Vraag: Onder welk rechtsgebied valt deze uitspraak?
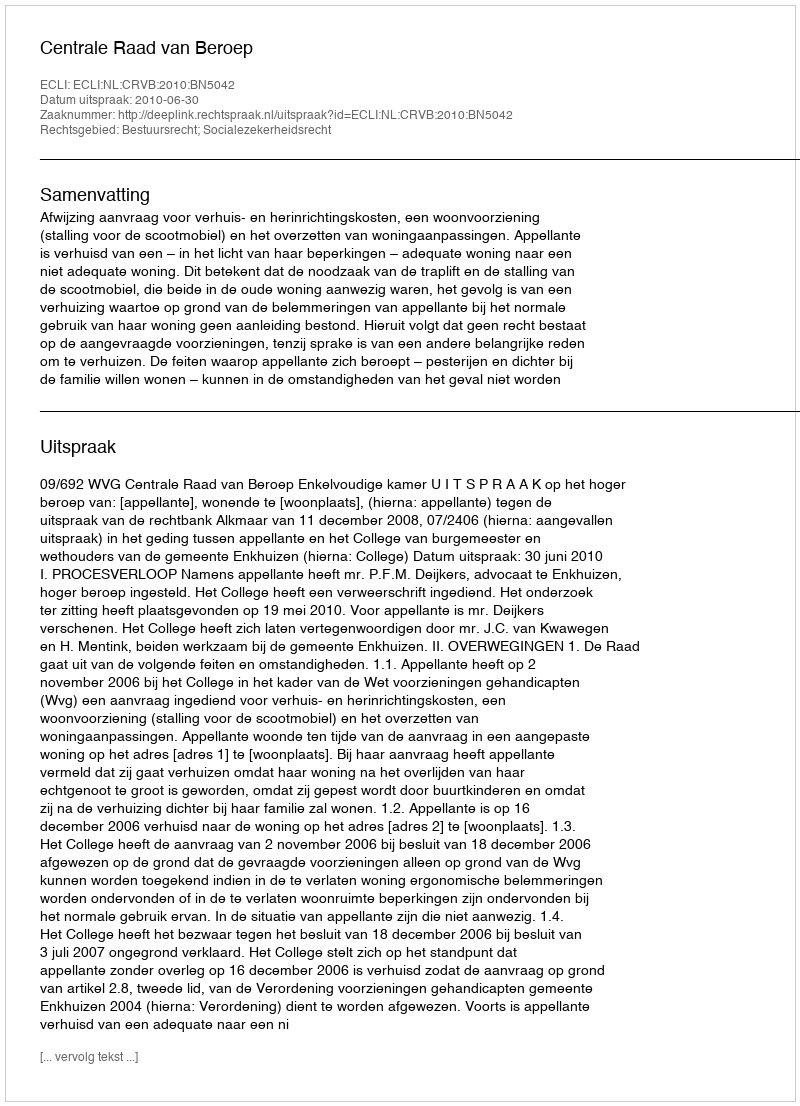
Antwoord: Bestuursrecht; Socialezekerheidsrecht